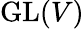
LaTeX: \operatorname{GL}(V)